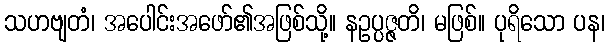
သဟဗျတံ၊ အပေါင်းအဖော်၏အဖြစ်သို့။ နဥပ္ပဇ္ဇတိ၊ မဖြစ်။ ပုရိသော ပန၊